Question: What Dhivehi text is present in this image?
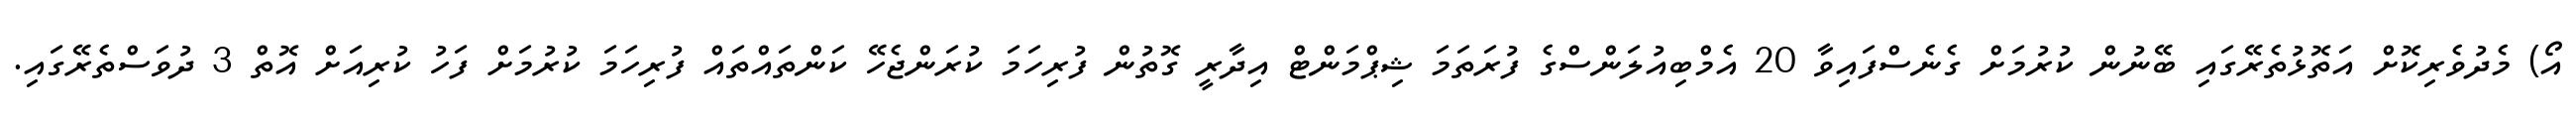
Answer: އޯ) މެދުވެރިކޮށް އަތޮޅުތެރޭގައި ބޭނުން ކުރުމަށް ގެނެސްފައިވާ 20 އެމްބިއުލަންސްގެ ފުރަތަމަ ޝިޕްމަންޓް އިދާރީ ގޮތުން ފުރިހަމަ ކުރަންޖެހޭ ކަންތައްތައް ފުރިހަމަ ކުރުމަށް ފަހު ކުރިއަށް އޮތް 3 ދުވަސްތެރޭގައި.